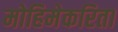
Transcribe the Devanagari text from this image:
मोहिमेकरिता